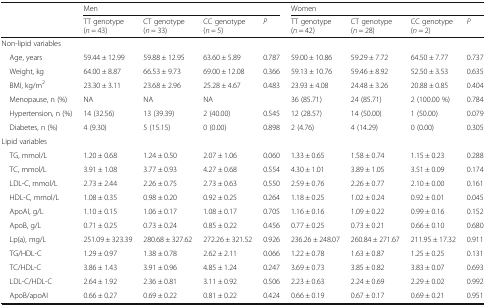
<table><thead><tr><td rowspan="2"></td><td colspan="4"><b>Men</b></td><td colspan="4"><b>Women</b></td></tr><tr><td><b>TT genotype (<i>n</i> = 43)</b></td><td><b>CT genotype (<i>n</i> = 33)</b></td><td><b>CC genotype (<i>n</i> = 5)</b></td><td><b><i>P</i></b></td><td><b>TT genotype (<i>n</i> = 42)</b></td><td><b>CT genotype (<i>n</i> = 28)</b></td><td><b>CC genotype (<i>n</i> = 2)</b></td><td><b><i>P</i></b></td></tr></thead><tbody><tr><td colspan="9">Non-lipid variables</td></tr><tr><td> Age, years</td><td>59.44 ± 12.99</td><td>59.88 ± 12.95</td><td>63.60 ± 5.89</td><td>0.787</td><td>59.00 ± 10.86</td><td>59.29 ± 7.72</td><td>64.50 ± 7.77</td><td>0.737</td></tr><tr><td> Weight, kg</td><td>64.00 ± 8.87</td><td>66.53 ± 9.73</td><td>69.00 ± 12.08</td><td>0.366</td><td>59.13 ± 10.76</td><td>59.46 ± 8.92</td><td>52.50 ± 3.53</td><td>0.635</td></tr><tr><td> BMI, kg/m<sup>2</sup></td><td>23.30 ± 3.11</td><td>23.68 ± 2.96</td><td>25.28 ± 4.67</td><td>0.483</td><td>23.93 ± 4.08</td><td>24.48 ± 3.26</td><td>20.88 ± 0.85</td><td>0.404</td></tr><tr><td> Menopause, n (%)</td><td>NA</td><td>NA</td><td>NA</td><td></td><td>36 (85.71)</td><td>24 (85.71)</td><td>2 (100.00 %)</td><td>0.784</td></tr><tr><td> Hypertension, n (%)</td><td>14 (32.56)</td><td>13 (39.39)</td><td>2 (40.00)</td><td>0.545</td><td>12 (28.57)</td><td>14 (50.00)</td><td>1 (50.00)</td><td>0.079</td></tr><tr><td> Diabetes, n (%)</td><td>4 (9.30)</td><td>5 (15.15)</td><td>0 (0.00)</td><td>0.898</td><td>2 (4.76)</td><td>4 (14.29)</td><td>0 (0.00)</td><td>0.305</td></tr><tr><td colspan="9">Lipid variables</td></tr><tr><td> TG, mmol/L</td><td>1.20 ± 0.68</td><td>1.24 ± 0.50</td><td>2.07 ± 1.06</td><td>0.060</td><td>1.33 ± 0.65</td><td>1.58 ± 0.74</td><td>1.15 ± 0.23</td><td>0.288</td></tr><tr><td> TC, mmol/L</td><td>3.91 ± 1.08</td><td>3.77 ± 0.93</td><td>4.27 ± 0.68</td><td>0.554</td><td>4.30 ± 1.01</td><td>3.89 ± 1.05</td><td>3.51 ± 0.09</td><td>0.174</td></tr><tr><td> LDL-C, mmol/L</td><td>2.73 ± 2.44</td><td>2.26 ± 0.75</td><td>2.73 ± 0.63</td><td>0.550</td><td>2.59 ± 0.76</td><td>2.26 ± 0.77</td><td>2.10 ± 0.00</td><td>0.161</td></tr><tr><td> HDL-C, mmol/L</td><td>1.08 ± 0.35</td><td>0.98 ± 0.20</td><td>0.92 ± 0.25</td><td>0.264</td><td>1.18 ± 0.25</td><td>1.02 ± 0.24</td><td>0.92 ± 0.01</td><td>0.045</td></tr><tr><td> ApoAI, g/L</td><td>1.10 ± 0.15</td><td>1.06 ± 0.17</td><td>1.08 ± 0.17</td><td>0.705</td><td>1.16 ± 0.16</td><td>1.09 ± 0.22</td><td>0.99 ± 0.16</td><td>0.152</td></tr><tr><td> ApoB, g/L</td><td>0.71 ± 0.25</td><td>0.73 ± 0.24</td><td>0.85 ± 0.22</td><td>0.456</td><td>0.77 ± 0.25</td><td>0.73 ± 0.21</td><td>0.66 ± 0.10</td><td>0.680</td></tr><tr><td> Lp(a), mg/L</td><td>251.09 ± 323.39</td><td>280.68 ± 327.62</td><td>272.26 ± 321.52</td><td>0.926</td><td>236.26 ± 248.07</td><td>260.84 ± 271.67</td><td>211.95 ± 17.32</td><td>0.911</td></tr><tr><td> TG/HDL-C</td><td>1.29 ± 0.97</td><td>1.38 ± 0.78</td><td>2.62 ± 2.11</td><td>0.066</td><td>1.22 ± 0.78</td><td>1.63 ± 0.87</td><td>1.25 ± 0.25</td><td>0.131</td></tr><tr><td> TC/HDL-C</td><td>3.86 ± 1.43</td><td>3.91 ± 0.96</td><td>4.85 ± 1.24</td><td>0.247</td><td>3.69 ± 0.73</td><td>3.85 ± 0.82</td><td>3.83 ± 0.07</td><td>0.693</td></tr><tr><td> LDL-C/HDL-C</td><td>2.64 ± 1.92</td><td>2.36 ± 0.81</td><td>3.11 ± 0.92</td><td>0.506</td><td>2.23 ± 0.63</td><td>2.24 ± 0.69</td><td>2.29 ± 0.02</td><td>0.992</td></tr><tr><td> ApoB/apoAI</td><td>0.66 ± 0.27</td><td>0.69 ± 0.22</td><td>0.81 ± 0.22</td><td>0.424</td><td>0.66 ± 0.19</td><td>0.67 ± 0.17</td><td>0.69 ± 0.21</td><td>0.951</td></tr></tbody></table>